Civil Veterinary Department Bengal reports 1933-51 - 1933-1951
Year: 1933
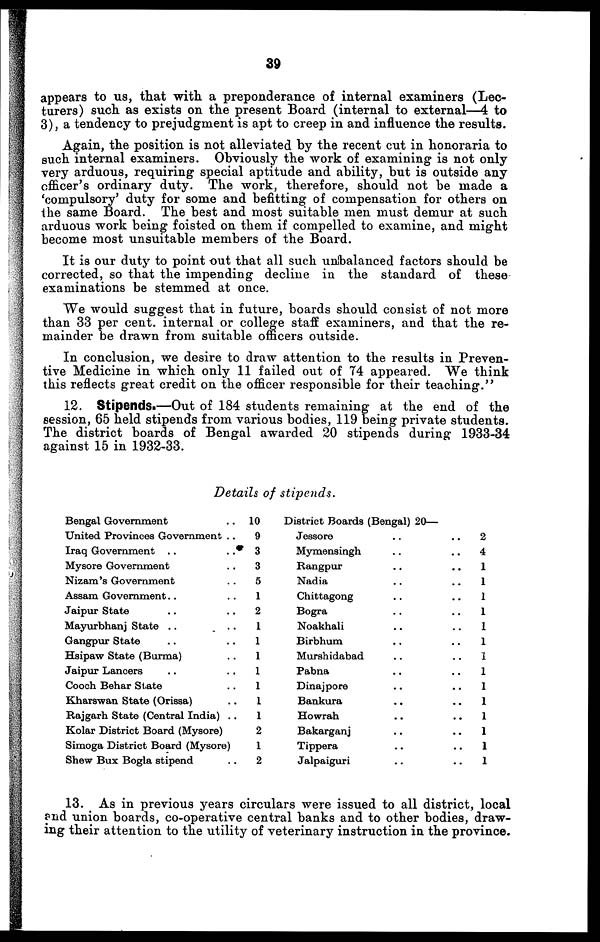
39
appears to us, that with a preponderance of internal examiners (Lec-
turers) such as exists on the present Board (internal to external—4 to
3), a tendency to prejudgment is apt to creep in and influence the results.
Again, the position is not alleviated by the recent cut in honoraria to
such internal examiners. Obviously the work of examining is not only
very arduous, requiring special aptitude and ability, but is outside any
officer's ordinary duty. The work, therefore, should not be made a
'compulsory' duty for some and befitting of compensation for others on
the same Board. The best and most suitable men must demur at such
arduous work being foisted on them if compelled to examine, and might
become most unsuitable members of the Board.
It is our duty to point out that all such unbalanced factors should be
corrected, so that the impending decline in the standard of these
examinations be stemmed at once.
We would suggest that in future, boards should consist of not more
than 33 per cent. internal or college staff examiners, and that the re-
mainder be drawn from suitable officers outside.
In conclusion, we desire to draw attention to the results in Preven-
tive Medicine in which only 11 failed out of 74 appeared. We think
this reflects great credit on the officer responsible for their teaching."
12. Stipends.—Out of 184 students remaining at the end of the
session, 65 held stipends from various bodies, 119 being private students.
The district boards of Bengal awarded 20 stipends during 1933-34
against 15 in 1932-33.
Details of stipends.
Bengal Government ..
United Provinces Government ..
Iraq Government .. ..
Mysore Government .. ..
Nizam's Government ..
Assam Government .. ..
Jaipur State .. ..
Mayurbhanj State .. ..
Gangpur State .. ..
Hsipaw State (Burma) ..
Jaipur Lancers .. ..
Cooch Behar State ..
Kharswan State (Orissa) ..
Rajgarh State (Central India) ..
Kolar District Board (Mysore)
Simoga District Board (Mysore)
Shew Bux Bogla stipend ..
10
9
3
3
5
1
2
1
1
1
1
1
1
1
2
1
2
District Boards (Bengal) 20—
Jessore .. ..
Mymensingh .. ..
Rangpur .. ..
Nadia .. ..
Chittagong .. ..
Bogra .. ..
Noakhali .. ..
Birbhum .. ..
Murshidabad .. ..
Pabna .. ..
Dinajpore .. ..
Bankura .. ..
Howrah .. ..
Bakarganj .. ..
Tippera .. ..
Jalpaiguri .. ..
2
4
1
1
1
1
1
1
1
1
1
1
1
1
1
1
13. As in previous years circulars were issued to all district, local
and union boards, co-operative central banks and to other bodies, draw-
ing their attention to the utility of veterinary instruction in the province.